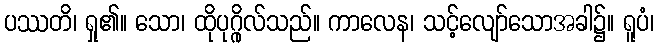
ပဿတိ၊ ရှု၏။ သော၊ ထိုပုဂ္ဂိုလ်သည်။ ကာလေန၊ သင့်လျော်သောအခါ၌။ ရူပံ၊